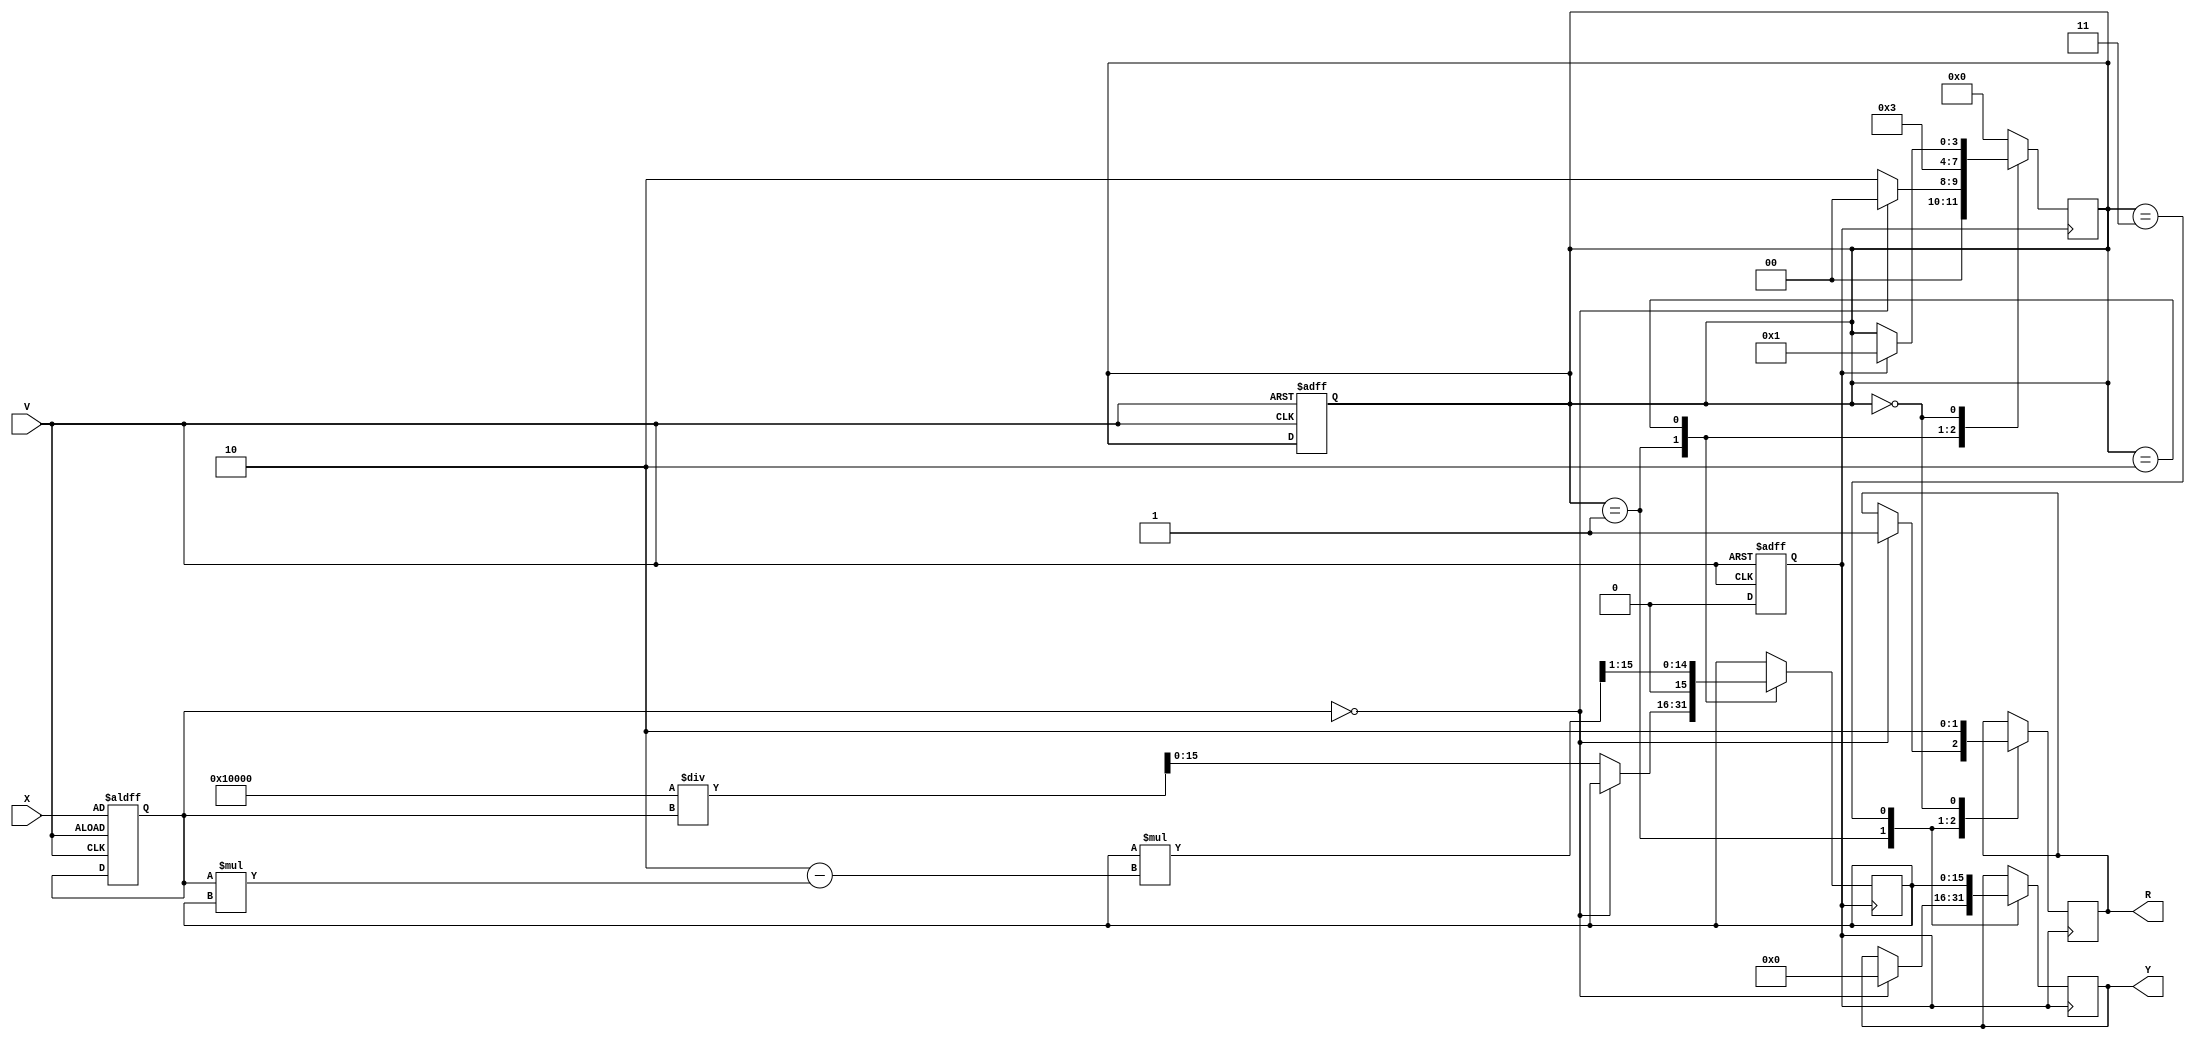
module DirectReciprocalUnit (
    input wire [15:0] X,      // Input data (fixed-point)
    input wire V,             // Valid signal
    output reg [15:0] Y,      // Reciprocal output
    output reg R              // Ready signal
);

    // Internal signals
    reg [15:0] input_data;
    reg [3:0] state;          // State for FSM
    reg [15:0] approx;        // Approximation of the reciprocal
    reg valid_input;          // Flag to indicate valid input

    // State definitions
    localparam IDLE = 4'b0000,
               VALIDATE = 4'b0001,
               CALCULATE = 4'b0010,
               OUTPUT = 4'b0011;

    // Main process
    always @(posedge V or negedge V) begin
        if (V) begin
            input_data <= X;
            valid_input <= 1'b1;
            state <= VALIDATE;
        end else begin
            valid_input <= 1'b0;
        end
    end

    always @(posedge valid_input) begin
        case (state)
            VALIDATE: begin
                if (input_data == 16'b0) begin
                    Y <= 16'b0; // Handle division by zero
                    R <= 1'b1;  // Ready signal
                    state <= IDLE; // Go back to idle
                end else begin
                    // Initial approximation for Newton-Raphson
                    approx <= (1 << 16) / input_data; // 2^16 / X
                    state <= CALCULATE;
                end
            end
            
            CALCULATE: begin
                // Perform a single iteration of Newton-Raphson
                approx <= approx * (2'b10 - input_data * approx) >> 1; // approx = approx * (2 - X * approx)
                state <= OUTPUT;
            end
            
            OUTPUT: begin
                Y <= approx; // Store the result
                R <= 1'b1;   // Indicate output is ready
                state <= IDLE; // Go back to idle
            end
            
            IDLE: begin
                R <= 1'b0; // Reset ready signal
                if (valid_input) begin
                    state <= VALIDATE; // Process next input
                end
            end
            
            default: state <= IDLE;
        endcase
    end

endmodule